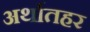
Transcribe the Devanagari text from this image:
अर्थातहर